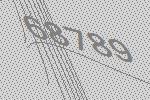
68789